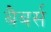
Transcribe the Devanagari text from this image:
बैबर्स